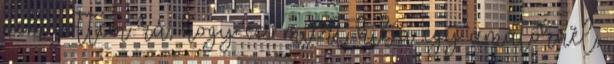
nem jöttem rá, hogy ez miért hiba egy amatőrnél,